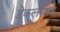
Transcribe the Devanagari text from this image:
डेकलरेशन